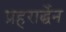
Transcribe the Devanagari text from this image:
प्रहरार्द्धेन